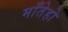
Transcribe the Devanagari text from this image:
माँतेहो